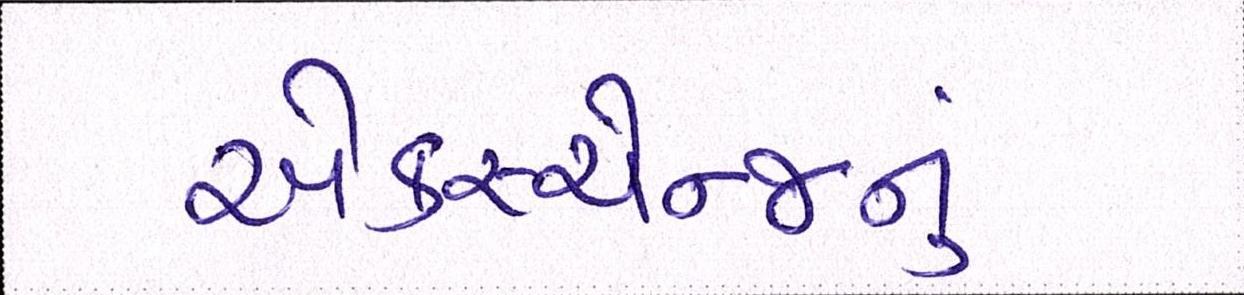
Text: એક્સ્ચેન્જનું